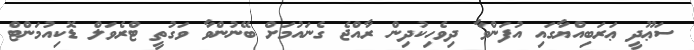
ސަޢޫދީ ޢަރަބިއްޔާގައި އުފަންވާ ދިވެހިކުދިން ރާއްޖެ ގެނައުމަށް ބޭނުންވާ ވަގުތީ ޓްރެވަލް ޑޮކިއުމަންޓް